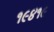
૧૯૪૧૯